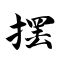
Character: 摆